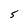
Character: S